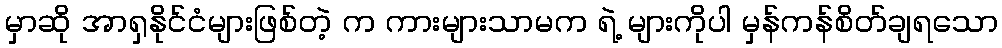
မှာဆို အာရှနိုင်ငံများဖြစ်တဲ့ က ကားများသာမက ရဲ့ များကိုပါ မှန်ကန်စိတ်ချရသော